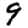
Digit: 9